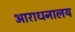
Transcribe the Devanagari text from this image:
आराधनालय